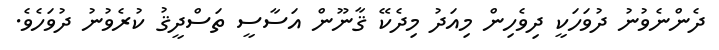
ދެންނެވުނު ދުވަހަކީ ދިވެހިން މިއަދު މިދެކޭ ޤާނޫން އަސާސީ ތަސްދީޤު ކުރެވުނު ދުވަހެވެ.